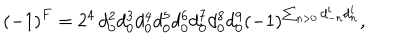
LaTeX: \left( - 1 \right) ^ { F } = 2 ^ { 4 } \, d _ { 0 } ^ { 2 } d _ { 0 } ^ { 3 } d _ { 0 } ^ { 4 } d _ { 0 } ^ { 5 } d _ { 0 } ^ { 6 } d _ { 0 } ^ { 7 } d _ { 0 } ^ { 8 } d _ { 0 } ^ { 9 } \left( - 1 \right) ^ { \sum _ { n > 0 } d _ { - n } ^ { i } d _ { n } ^ { i } } ,